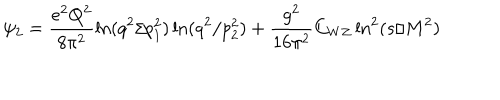
LaTeX: \psi _ { 2 } = \frac { e ^ { 2 } Q ^ { 2 } } { 8 \pi ^ { 2 } } \ln ( q ^ { 2 } / p _ { 1 } ^ { 2 } ) \ln ( q ^ { 2 } / p _ { 2 } ^ { 2 } ) + \frac { g ^ { 2 } } { 1 6 \pi ^ { 2 } } C _ { W Z } \ln ^ { 2 } ( s / M ^ { 2 } ) ~